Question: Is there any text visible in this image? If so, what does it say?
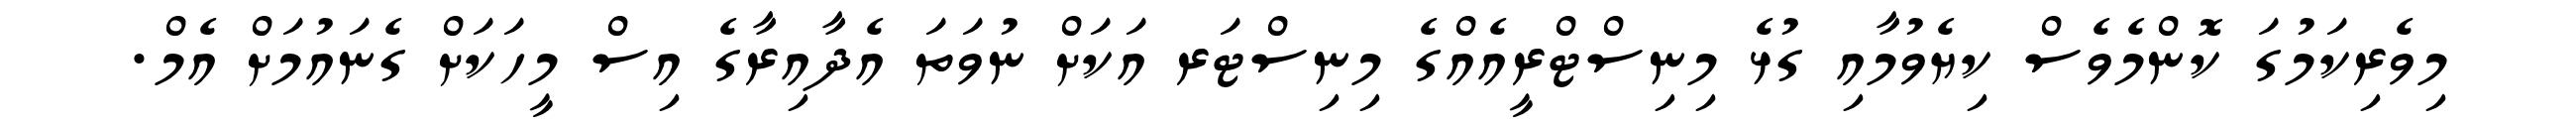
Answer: މިވެރިކަމުގަ ކޮންމެވެސް ކިޔެވުމާއި ގުޅެ މިނިސްޓްރީއެއްގެ މިނިސްޓަރ އަކަށް ނުވަތަ އެދާއިރާގެ އިސް މީހަކަށް ގެނައުމަށް އެމް.